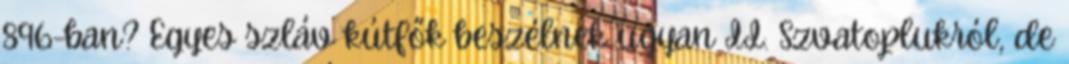
896-ban? Egyes szláv kútfők beszélnek ugyan II. Szvatoplukról, de